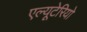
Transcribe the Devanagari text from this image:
एल्यूटेरियो